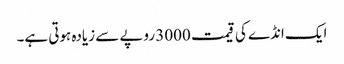
ایک انڈے کی قیمت 3000 روپے سے زیادہ ہوتی ہے۔